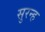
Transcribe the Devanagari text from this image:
सुरन्ह